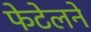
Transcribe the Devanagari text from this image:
फेटेलने